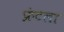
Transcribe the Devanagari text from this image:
फ्रंटला